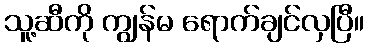
သူ့ဆီကို ကျွန်မ ရောက်ချင်လှပြီ။